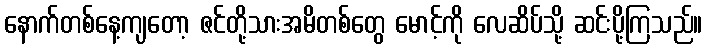
နောက်တစ်နေ့ကျတော့ ဇင်တို့သားအမိတစ်တွေ မောင့်ကို လေဆိပ်သို့ ဆင်းပို့ကြသည်။